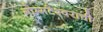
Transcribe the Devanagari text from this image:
गोम्मटेश्वराची